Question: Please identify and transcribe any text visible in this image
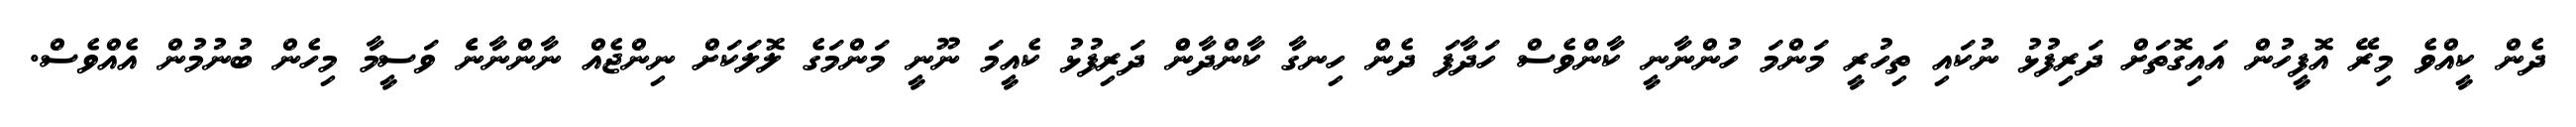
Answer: ދެން ކީއްވެ މިރޭ އޮފީހުން އައިގޮތަށް ދަރިފުޅު ނުކައި ތިހުރީ މަންމަ ހުންނާނީ ކާންވެސް ހަދާފަ ދެން ހިނގާ ކާންދާންް ދަރިފުޅު ކެއީމަ ނޫނީ މަންމަގެ ލޮލަކަށް ނިންޖެއް ނާންނާނެެ ވަސީމާ މިހެން ބުނުމުން އެއްވެސް.